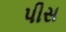
પીસ